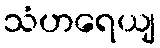
သံဟရေယျ